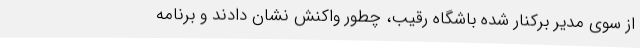
از سوی مدیر برکنار شده باشگاه رقیب، چطور واکنش نشان دادند و برنامه